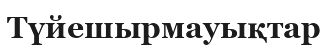
Түйешырмауықтар